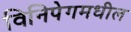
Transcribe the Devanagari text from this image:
विनिपेगमधील